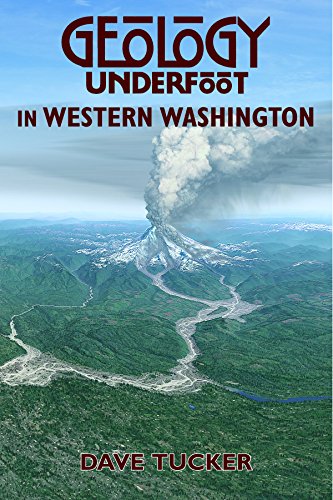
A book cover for Geology Underfoot in Western Washington; David Tucker; Science & Math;